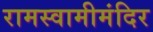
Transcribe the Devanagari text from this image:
रामस्वामीमंदिर